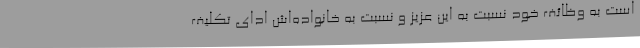
است به وظائف خود نسبت به این عزیز و نسبت به خانواده‌اش ادای تکلیف